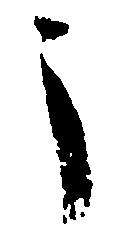
う